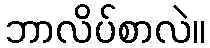
ဘာလိပ်စာလဲ။